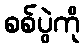
စစ်ပွဲကို